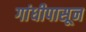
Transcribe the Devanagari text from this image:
गांधीपासून